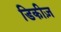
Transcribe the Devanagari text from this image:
डिकीज़